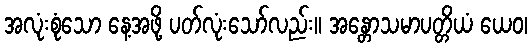
အလုံးစုံသော နေ့အဖို့ ပတ်လုံးသော်လည်း။ အန္တောသမာပတ္တိယံ ယေဝ၊